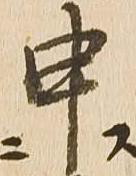
申